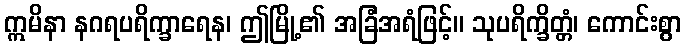
ဣမိနာ နဂရပရိက္ခာရေန၊ ဤမြို့၏ အခြံအရံဖြင့်။ သုပရိက္ခိတ္တံ၊ ကောင်းစွာ